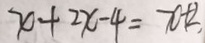
x + 2 x - 4 = 7 0 + 2